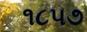
૧૮૫૭